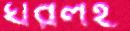
ঘরলই